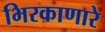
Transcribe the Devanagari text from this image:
भिरकाणारे